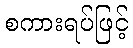
စကားရပ်ဖြင့်